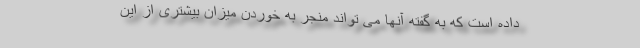
داده است که به گفته آنها می تواند منجر به خوردن میزان بیشتری از این